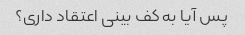
پس آیا به کف بینی اعتقاد داری؟